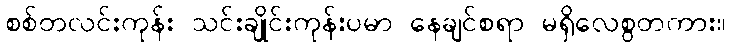
စစ်တလင်းကုန်း သင်းချိုင်းကုန်းပမာ နေချင်စရာ မရှိလေစွတကား။